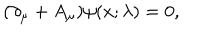
( \partial _ { \mu } + A _ { \mu } ) \psi ( x ; \lambda ) = 0 ,